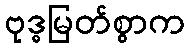
ဗုဒ္ဓမြတ်စွာက